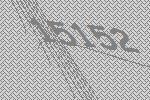
15152